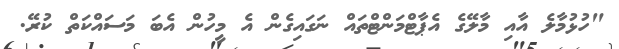
"ހުޅުމާލެ އާއި މާލޭގެ އެޕާޓްމަންޓްތައް ނަގައިގެން އެ މީހުން އެބަ މަސައްކަތް ކުރޭ.